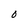
Character: O